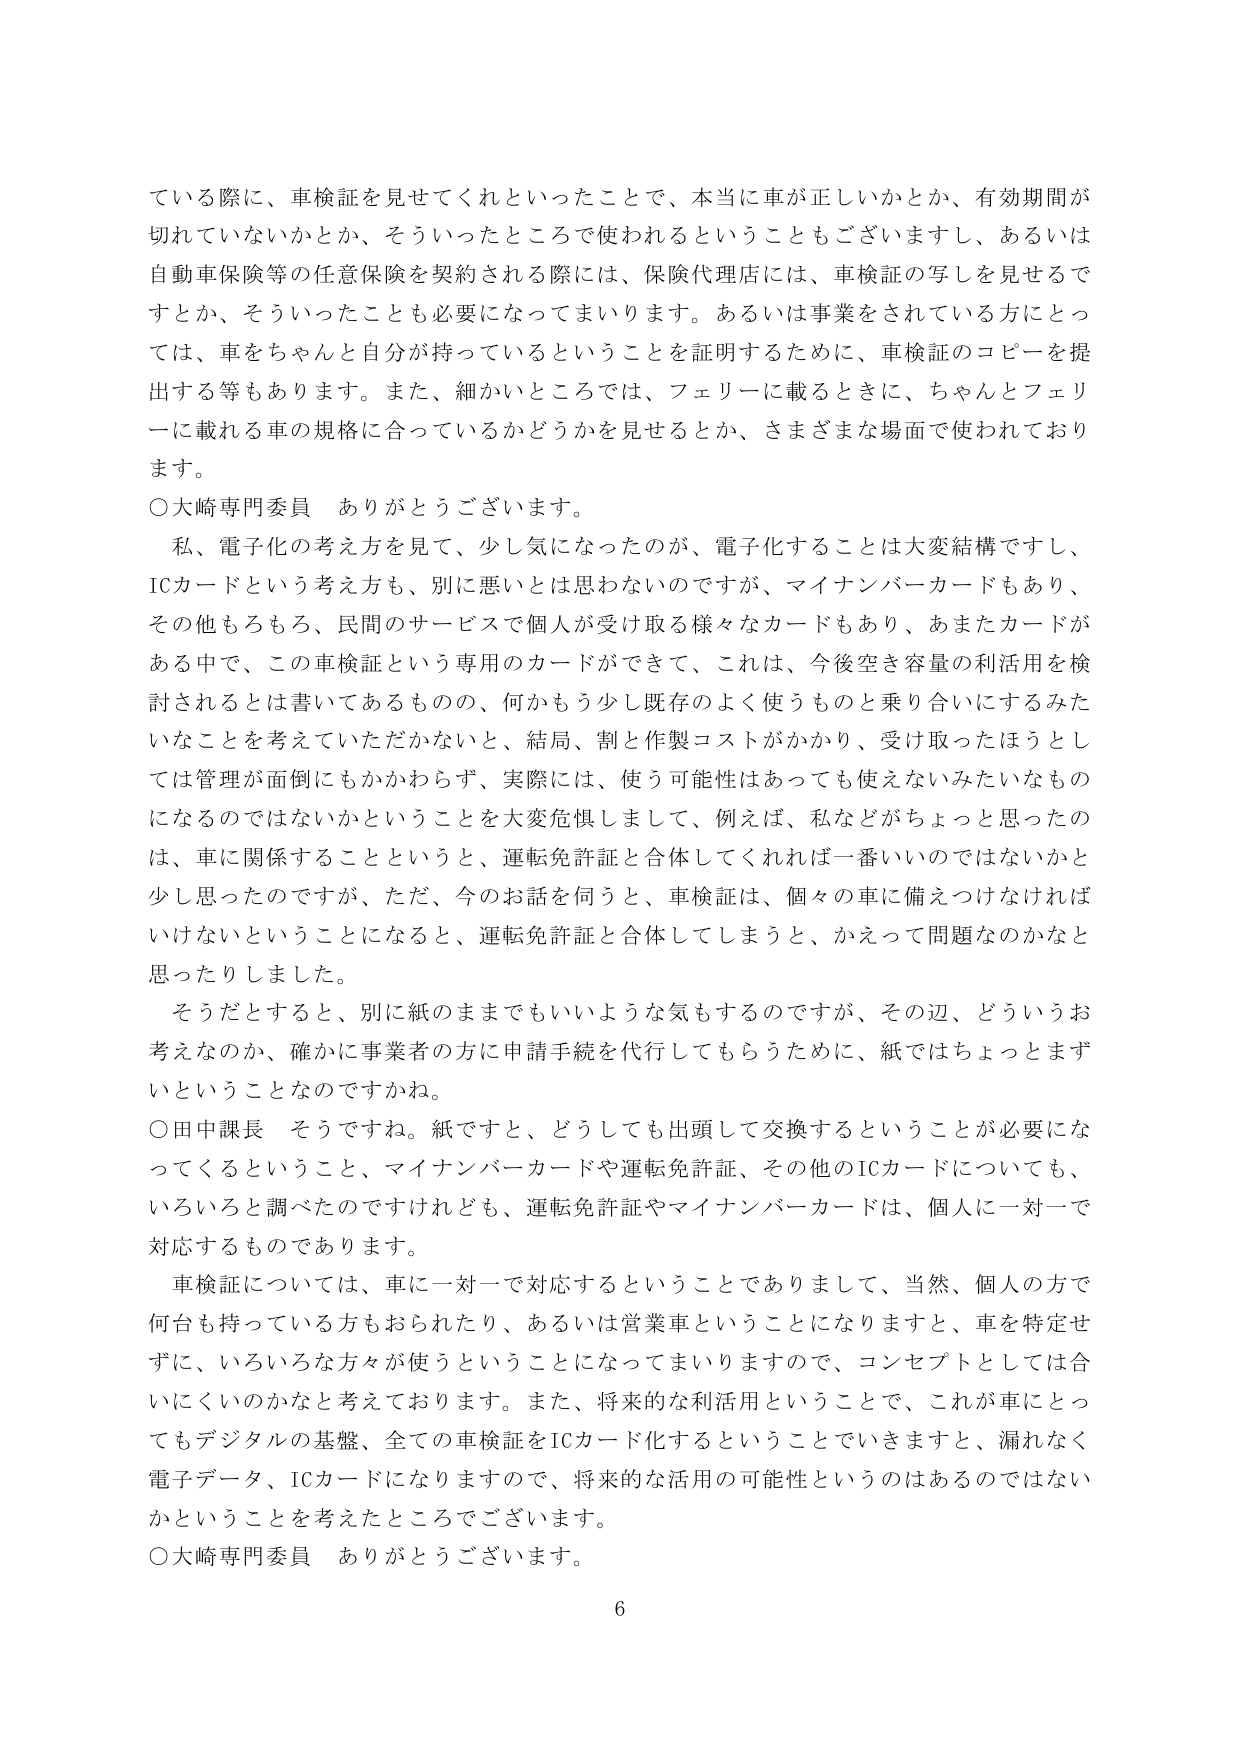
ている際に、車検証を見せてくれといったことで、本当に車が正しいかとか、有効期間が切れていないかとか、そういったところで使われるということもございますし、あるいは自動車保険等の任意保険を契約される際には、保険代理店には、車検証の写しを見せるですとか、そういったことも必要になってまいります。あるいは事業をされている方にとっては、車をちゃんと自分が持っているということを証明するために、車検証のコピーを提出する等もあります。また、細かいところでは、フェリーに載るときに、ちゃんとフェリーに載れる車の規格に合っているかどうかを見せるとか、さまざまな場面で使われております。

○大崎専門委員　ありがとうございます。

　私、電子化の考え方を見て、少し気になったのが、電子化することは大変結構ですし、ICカードという考え方も、別に悪いとは思わないのですが、マイナンバーカードもあり、その他もろもろ、民間のサービスで個人が受け取る様々なカードもあり、あまたカードがある中で、この車検証という専用のカードができて、これは、今後空き容量の利活用を検討されるとは書いてあるものの、何かもう少し既存のよく使うものと乗り合いにするみたいなことを考えていただかないと、結局、割と作製コストがかかり、受け取ったほうとしては管理が面倒にもかかわらず、実際には、使う可能性はあっても使えないみたいなものになるのではないかということを大変危惧しまして、例えば、私などがちょっと思ったのは、車に関係することというと、運転免許証と合体してくれれば一番いいのではないかと少し思ったのですが、ただ、今のお話を伺うと、車検証は、個々の車に備えつけなければいけないということになると、運転免許証と合体してしまうと、かえって問題なのかなと思ったりしました。

　そうだとすると、別に紙のままでもいいような気もするのですが、その辺、どういうお考えなのか、確かに事業者の方に申請手続を代行してもらうために、紙ではちょっとまずいということなのですかね。

○田中課長　そうですね。紙ですと、どうしても出頭して交換するということが必要になってくるということ、マイナンバーカードや運転免許証、その他のICカードについても、いろいろと調べたのですけれども、運転免許証やマイナンバーカードは、個人に一対一で対応するものであります。

　車検証については、車に一対一で対応するということでありますして、当然、個人の方で何台も持っている方もおられたり、あるいは営業車ということになりますと、車を特定せずに、いろいろな方が使うということになってまいりますので、コンセプトとしては合いにくいのかなと考えております。また、将来的な利活用ということで、これが車にとってもデジタルの基盤、全ての車検証をICカード化するということでいきますと、漏れなく電子データ、ICカードになりますので、将来的な活用の可能性というのはあるのではないかということを考えたところでございます。

○大崎専門委員　ありがとうございます。

6